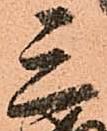
三